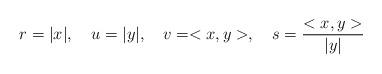
LaTeX: \begin{align*}r = |x|, \ \ \ u = |y|, \ \ \ v = <x,y>, \ \ \ s =\frac{<x,y>}{|y|}\end{align*}